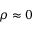
\rho \approx 0